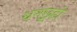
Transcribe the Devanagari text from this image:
धनछूहां